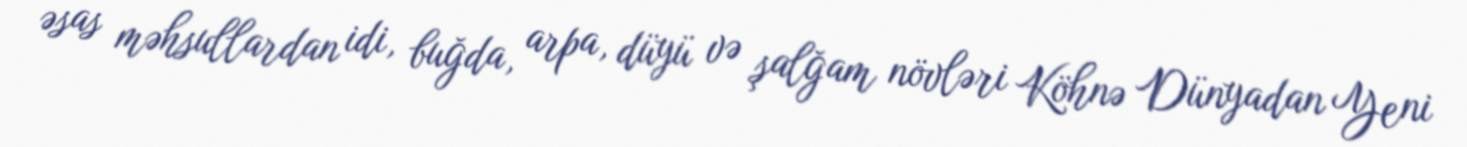
əsas məhsullardan idi, buğda, arpa, düyü və şalğam növləri Köhnə Dünyadan Yeni